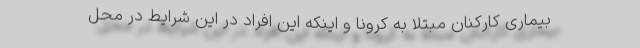
بیماری کارکنان مبتلا به کرونا و اینکه این افراد در این شرایط در محل